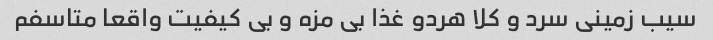
سیب زمینی سرد و کلا هردو غذا بی مزه و بی کیفیت واقعا متاسفم